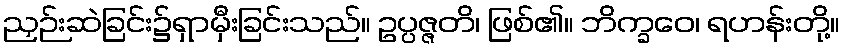
ညှဉ်းဆဲခြင်း၌ရှာမှီးခြင်းသည်။ ဥပ္ပဇ္ဇတိ၊ ဖြစ်၏။ ဘိက္ခဝေ၊ ရဟန်းတို့။